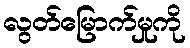
လွတ်မြောက်မှုကို